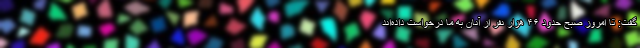
گفت: تا امروز صبح حدود ۴۶ هزار نفر از آنان به ما درخواست داده‌اند